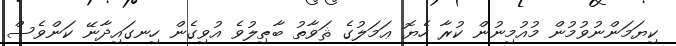
ކިޔަމަންނުވުމުން މުއުމިނުން ކުރާ ހެޔޮ ޢަމަލުގެ ޘަވާތު ބާޠިލުވެ އުވިގެން ހިނގައިދާނޭ ކަންވެސް